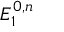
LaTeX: E _ { 1 } ^ { 0 , n }